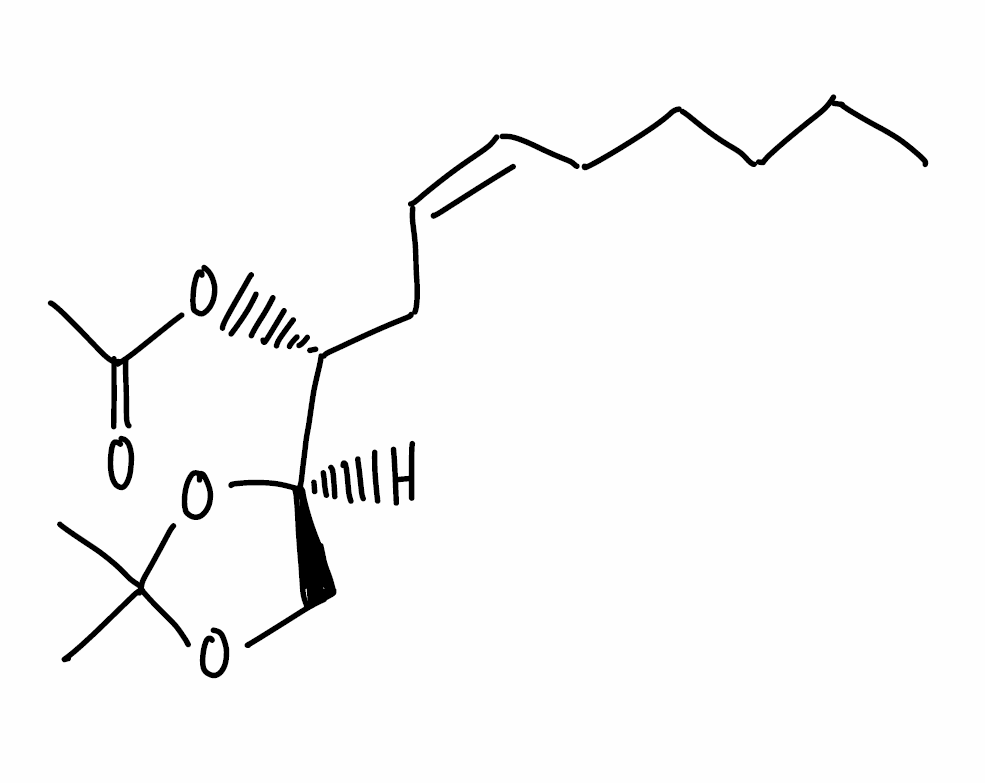
Simplified molecular-input line-entry system (SMILES) notation of the given molecule:
CCCCC/C=C\C[C@H]([C@H]1COC(O1)(C)C)OC(=O)C